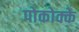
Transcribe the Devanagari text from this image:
पोकोक्के